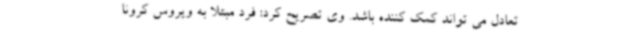
تعادل می تواند کمک کننده باشد. وی تصریح کرد: فرد مبتلا به ویروس کرونا